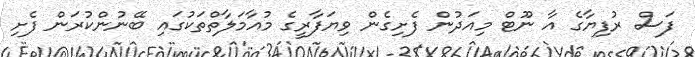
ފަސް ރުފިޔާގެ އާ ނޫޓް މިއަދުން ފެށިގެން ވިޔަފާރީގެ މުއާމަލާތްތަކުގައި ބޭނުންކުރަން ފެށި